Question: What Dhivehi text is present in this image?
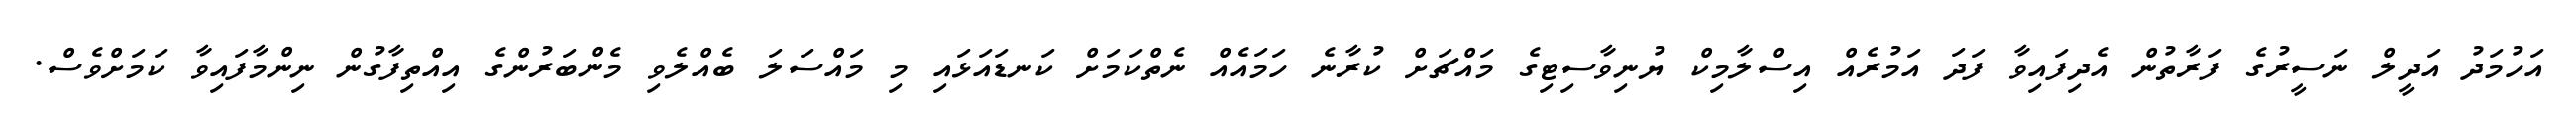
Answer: އަހުމަދު އަދީލް ނަސީރުގެ ފަރާތުން އެދިފައިވާ ފަދަ އަމުރެއް އިސްލާމިކް ޔުނިވާސިޓިގެ މައްޗަށް ކުރާނެ ހަމައެއް ނެތްކަމަށް ކަނޑައަޅައި މި މައްސަލަ ބެއްލެވި މެންބަރުންގެ އިއްތިފާގުން ނިންމާފައިވާ ކަމަށްވެސް.